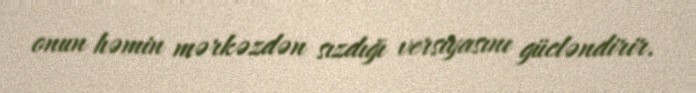
onun həmin mərkəzdən sızdığı versiyasını gücləndirir.